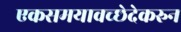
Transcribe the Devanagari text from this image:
एकसमयावच्छेदेकरुन